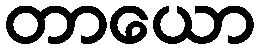
တာယော